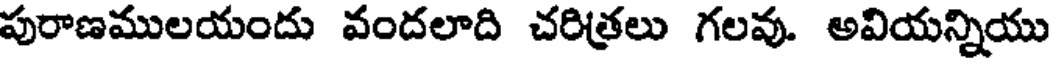
పురాణములయందు వందలాది చరిత్రలు గలవు. అవియన్నియు